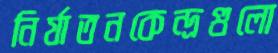
নির্যাতনকেন্দ্রগুলো